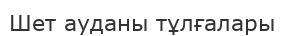
Шет ауданы тұлғалары